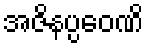
အဇိနပ္ပဝေဏိ